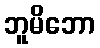
ဘူမိဘော